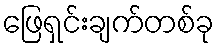
ဖြေရှင်းချက်တစ်ခု